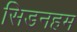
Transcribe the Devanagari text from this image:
सिडनहम